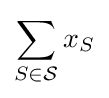
\sum _{S\in {\mathcal {S}}}x_{S}